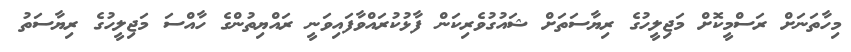
މިހާތަނަށް ރަސްމީކޮށް މަޖިލީހުގެ ރިޔާސަތަށް ޝައުގުވެރިކަން ފާޅުކުރައްވާފައިވަނީ ރައްޔިތުންގެ ހާއްސަ މަޖިލީހުގެ ރިޔާސަތު